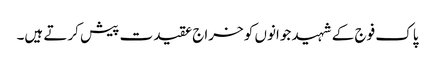
پاک فوج کے شہید جوانوں کو خراج عقیدت پیش کرتے ہیں۔